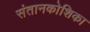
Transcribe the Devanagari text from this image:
संतानकोशिका